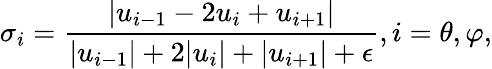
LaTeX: \sigma_{i}=\frac{\left|u_{i-1}-2u_{i}+u_{i+1}\right|}{|u_{i-1}|+2|u_{i}|+|u_{i+1}|+\epsilon},i={\theta,\varphi},